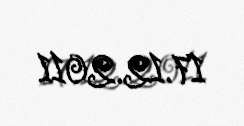
17.12.2011